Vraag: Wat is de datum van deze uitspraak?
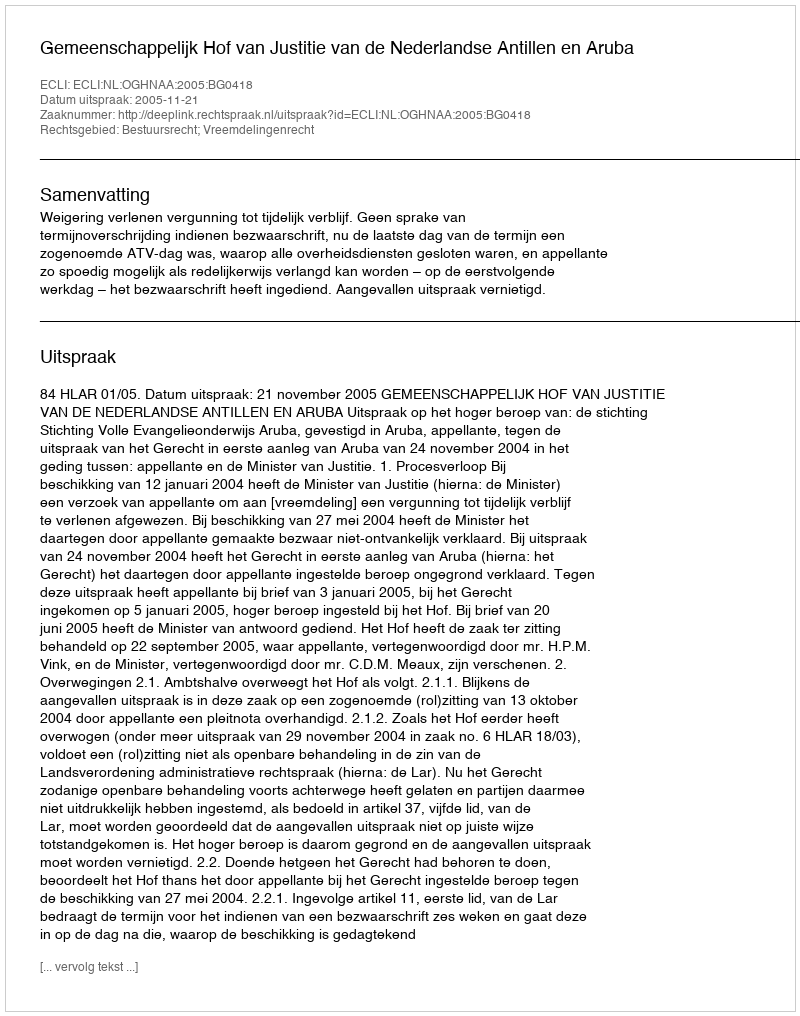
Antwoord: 2005-11-21